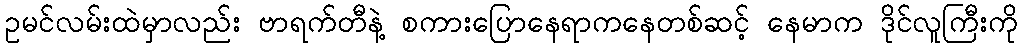
ဥမင်လမ်းထဲမှာလည်း ဗာရက်တီနဲ့ စကားပြောနေရာကနေတစ်ဆင့် နေမာက ဒိုင်လူကြီးကို